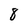
Character: 8